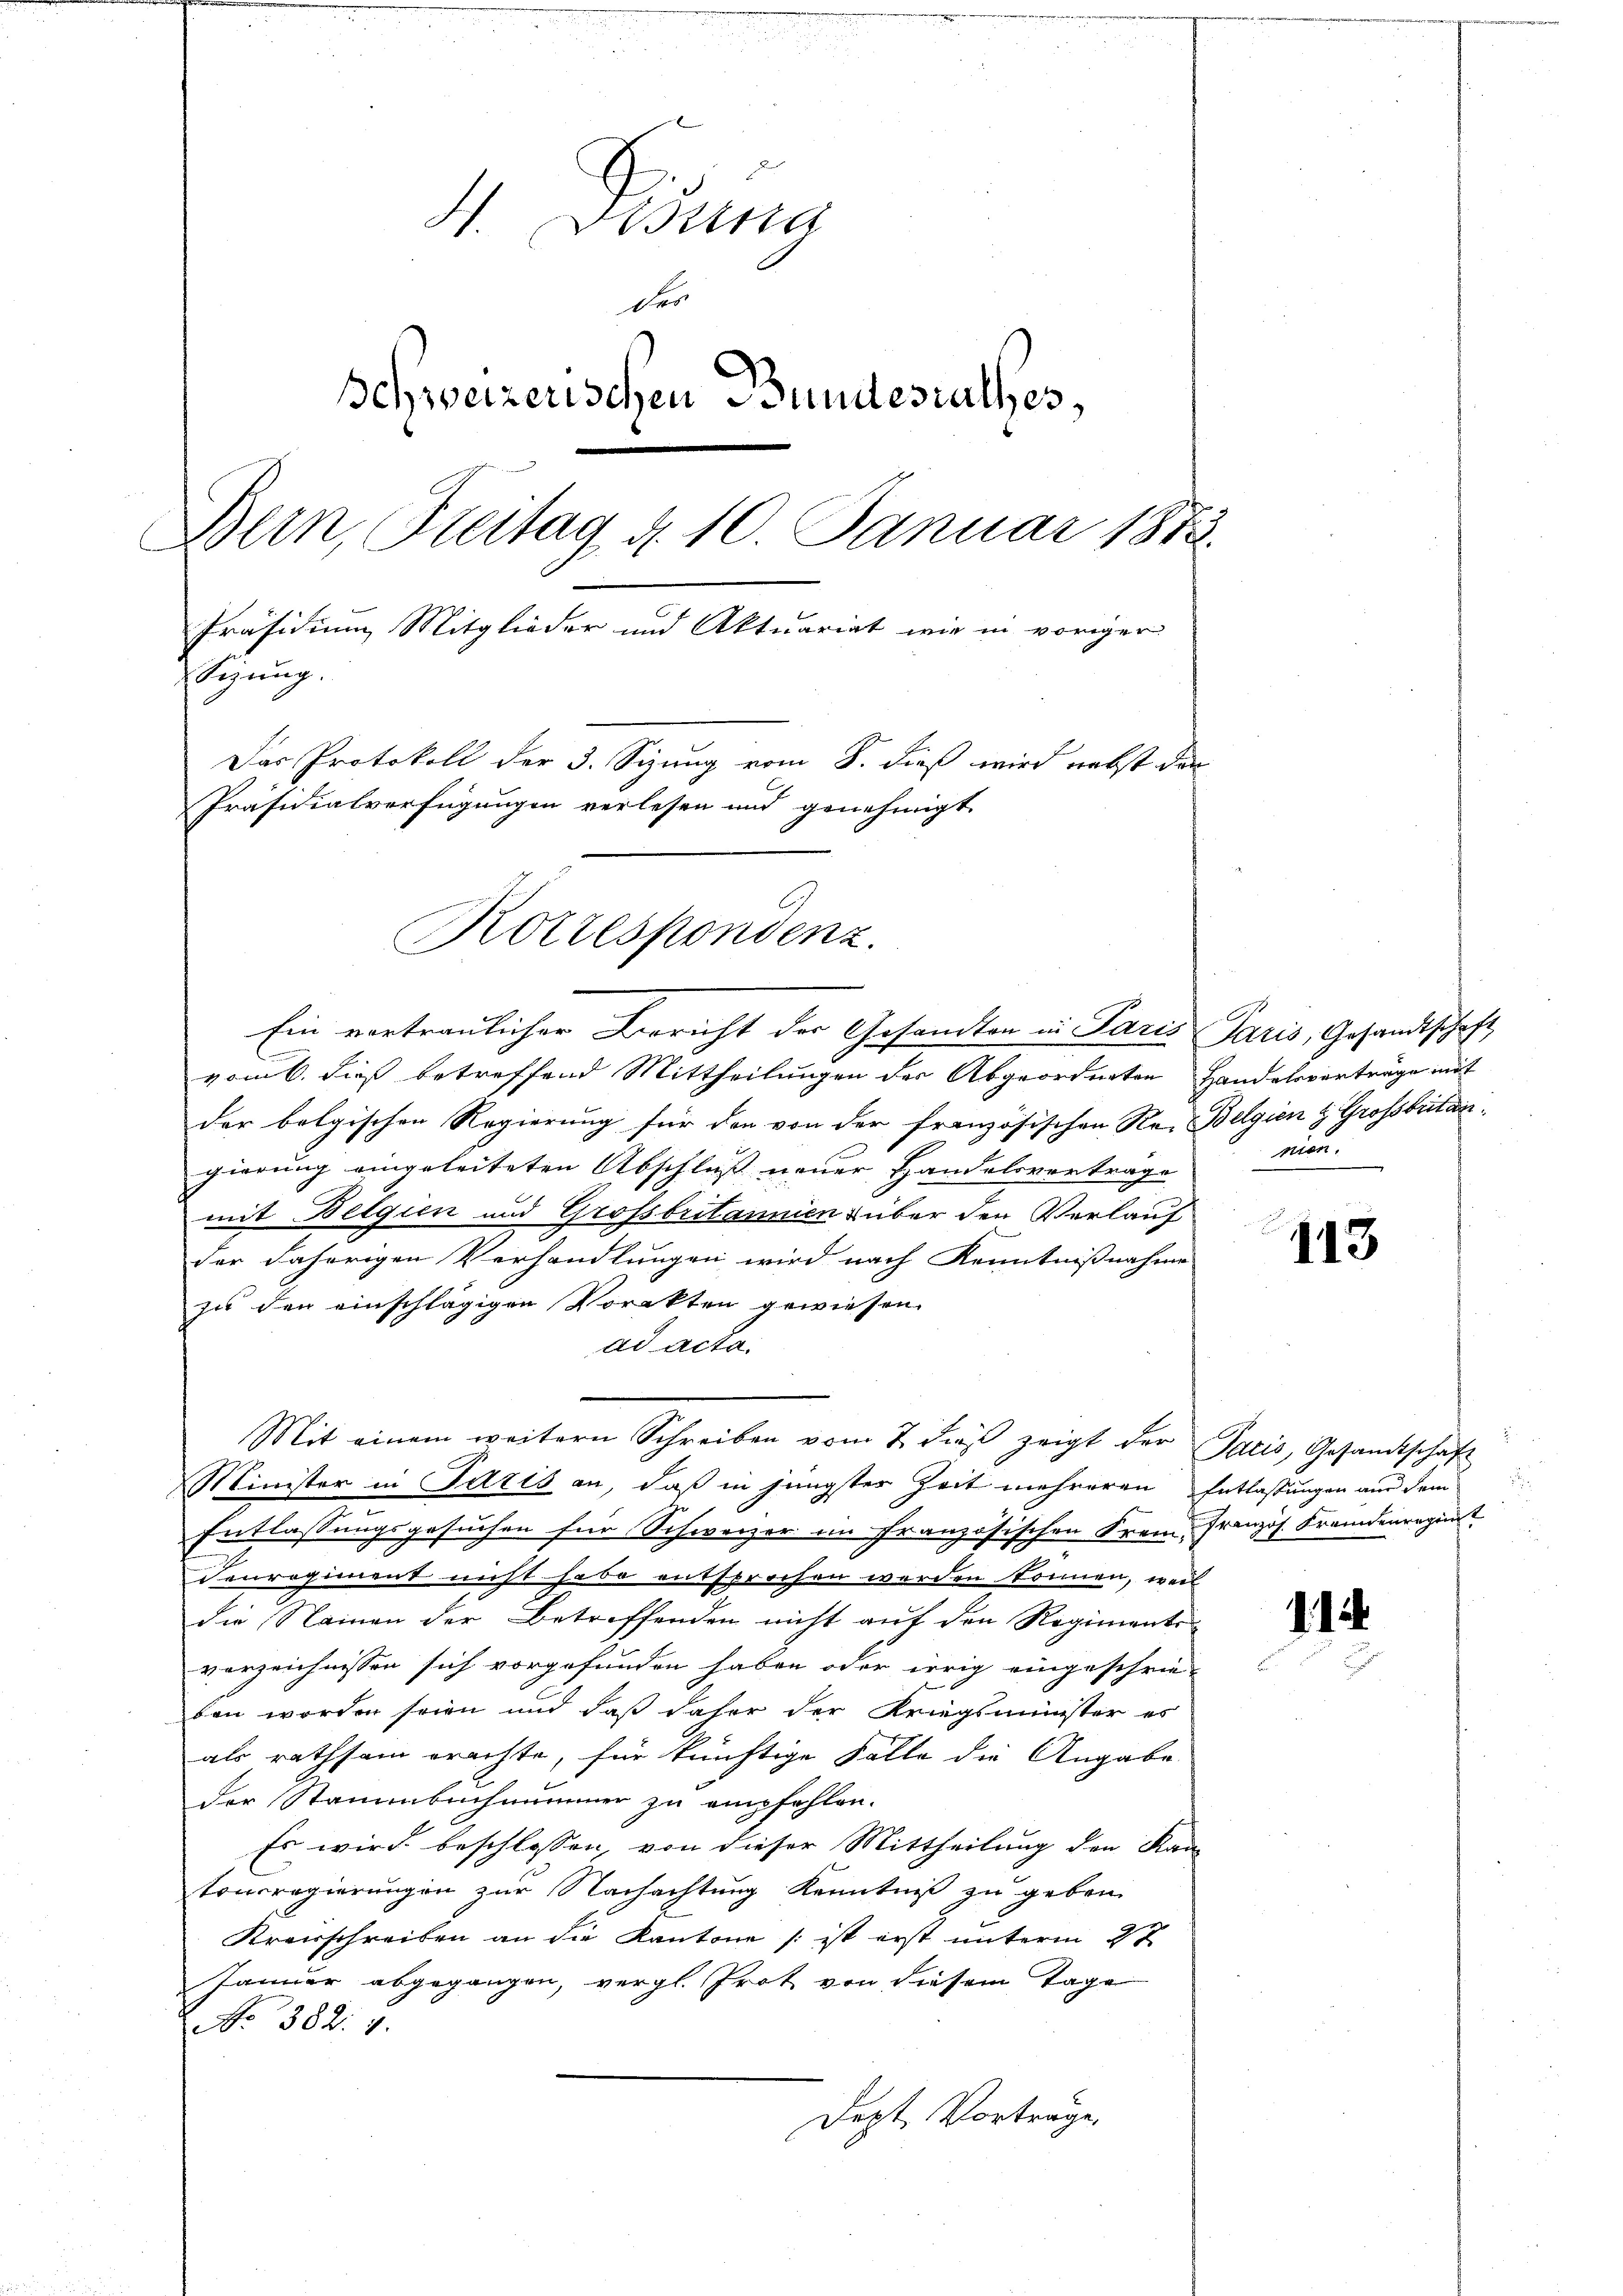
4. Disena
des
Schweizerischen Bundesrathes,
Bern, Freitag d. 10. Januar 1873.
Präsidium Mitglieder und Aktuariat wie in voriger
Sizung.
Das Protokoll der 3. Sizung vom 8. dieß wird nebst den
Präsidialverfügungen verlesen und genehmigt

vom 6. dieß betreffend Mittheilungen der Abgeordneten Handelsverträge mit
der belgischen Regierung für den von der französischen Re- Belgien & Grossbritangierung eingeleiteten Abschluß neuer Handelsverträge
mit Belgien und Grofsbritannien über den Verlauf
der daherigen Verhandlungen wird nach Kenntnißnahme
ses den einschlägigen Vorakten gewiesen.
ad acta.
Mit einem weitern Schreiben vom 7. dβ zeigt der Paris, Gesandtschaf
Minister in Paris an, daß in jüngster Zeit mehreren Entlassungen aus dem
Entlassungsgesuchen für Schweizer im französischen Frei Französ. Fremdenregist
Cenrogiment nicht habe entsprochen werden können, weil
die Namen der Betreffenden nicht auf den Regiments
verzeichnissen sich vorgefunden haben oder irrig eingeschrie-
ben worden seien und daß daher der Kriegsminister es
als rathsam erachte, für künftige Falle die Angabe
der Stammbuchnummer zu empfehlen.
Es wird beschlossen, von dieser Mittheilung den Kan
tonsregierungen zur Nachachtung Kenntniß zu geben.
Kreisschreiben an die Kantone (: ist erst unterm 2t
Januar abgegangen, vergl. Prot von diesem Tage
No 382. 4.
Dept Vorträge.

Rottespondenz.
Ein vertraulicher Bericht der Gesandten in Paris Paris, Gesandtschaft

mun.

113

11